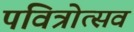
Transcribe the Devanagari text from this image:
पवित्रोत्सव